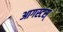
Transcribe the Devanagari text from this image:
आगस्टस्